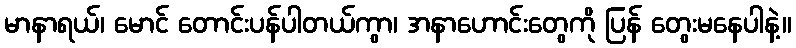
မာနာရယ်၊ မောင် တောင်းပန်ပါတယ်ကွာ၊ အနာဟောင်းတွေကို ပြန် တွေးမနေပါနဲ့။